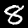
Label: 8